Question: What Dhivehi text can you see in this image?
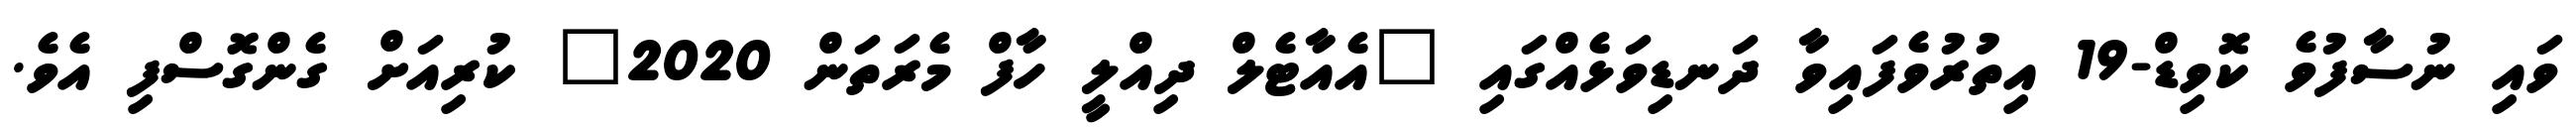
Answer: ވައި ނުސާފުވެ ކޮވިޑް-19 އިތުރުވެފައިވާ ދަނޑިވަޅެއްގައި "އެއާޓެލް ދިއްލީ ހާފް މެރަތަން 2020" ކުރިއަށް ގެންގޮސްފި އެވެ.